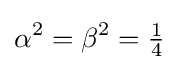
\alpha ^{2}=\beta ^{2}={\tfrac {1}{4}}